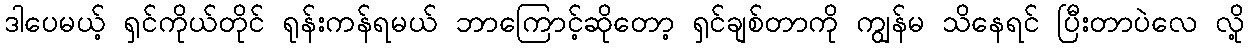
ဒါပေမယ့် ရှင်ကိုယ်တိုင် ရုန်းကန်ရမယ် ဘာကြောင့်ဆိုတော့ ရှင်ချစ်တာကို ကျွန်မ သိနေရင် ပြီးတာပဲလေ လို့